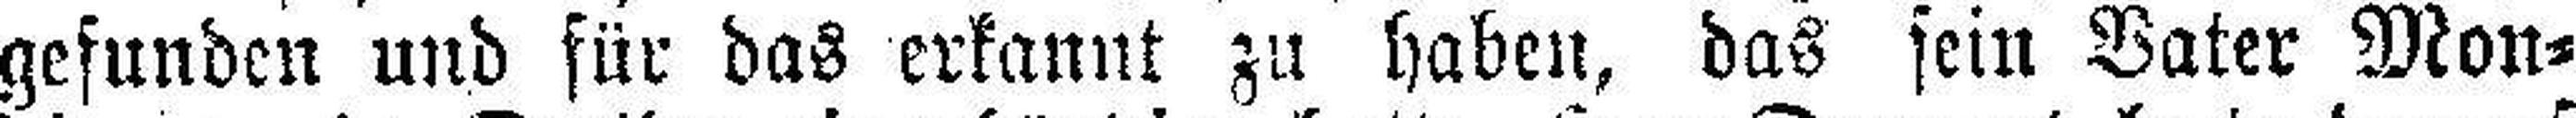
gefunden und für das erkannt zu haben, das sein Vater Mon¬